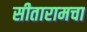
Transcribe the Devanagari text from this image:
सीतारामचा